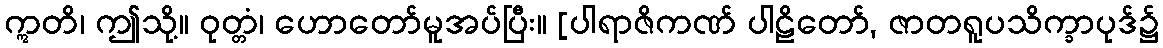
ဣတိ၊ ဤသို့။ ဝုတ္တံ၊ ဟောတော်မူအပ်ပြီး။ [ပါရာဇိကဏ် ပါဠိတော်, ဇာတရူပသိက္ခာပုဒ်၌